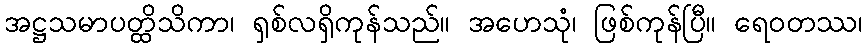
အဋ္ဌသမာပတ္ထိသိကာ၊ ရှစ်လရှိကုန်သည်။ အဟေသုံ၊ ဖြစ်ကုန်ပြီ။ ရေဝတဿ၊